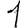
Digit: 1